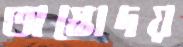
অস্তোদয়